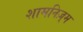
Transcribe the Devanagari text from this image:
शामनिज़्म